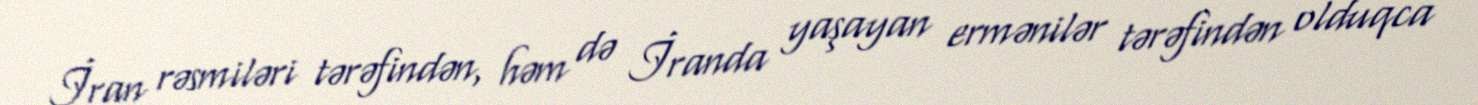
İran rəsmiləri tərəfindən, həm də İranda yaşayan ermənilər tərəfindən olduqca